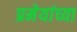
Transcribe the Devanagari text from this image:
प्रमेयांच्या